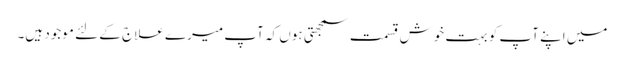
میں اپنے آپ کو بہت خوش قسمت سمجھتی ہوں کہ آپ میرے علاج کے لئے موجود ہیں۔